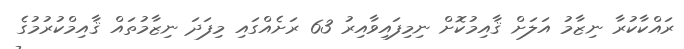
ރައްކާކުރާ ނިޒާމު އަލަށް ޤާއިމުކޮށް ނިމިފައިވާއިރު 63 ރަށެއްގައި މިފަދަ ނިޒާމުތައް ޤާއިމްކުރުމުގެ